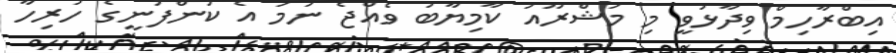
އިބްރާހިމް ވިދާޅުވީ މި މަޝްރޫއު ކާމިޔާބު ވެއްޖެ ނަމަ އެ ކުންފުނީގެ ހުރިހާ